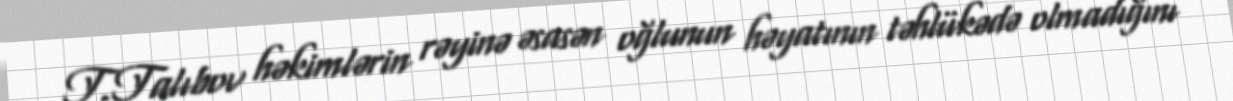
T.Talıbov həkimlərin rəyinə əsasən oğlunun həyatının təhlükədə olmadığını